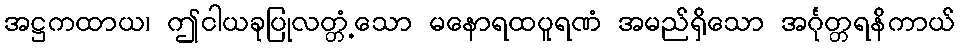
အဋ္ဌကထာယ၊ ဤငါယခုပြုလတ္တံ့သော မနောရထပူရဏံ အမည်ရှိသော အင်္ဂုတ္တရနိကာယ်